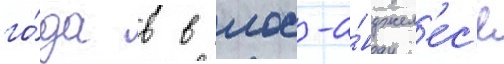
го́да в в лос-а́нджел'ес'е